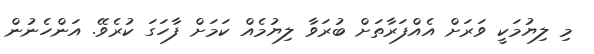
މި ލިޔުމަކީ ވަރަށް އެއްފަރާތަށް ބުރަވާ ލިޔުމެއް ކަމަށް ފާހަގަ ކުރެވޭ. އަންހެނުން